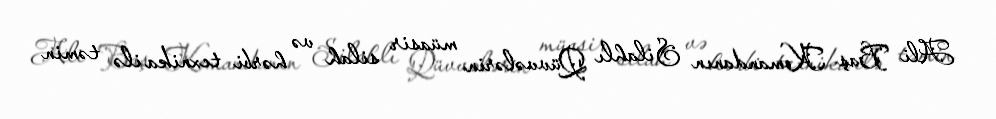
Ali Baş Komandanın Silahlı Qüvvələrin müasir silah və hərbi texnika ilə təmin